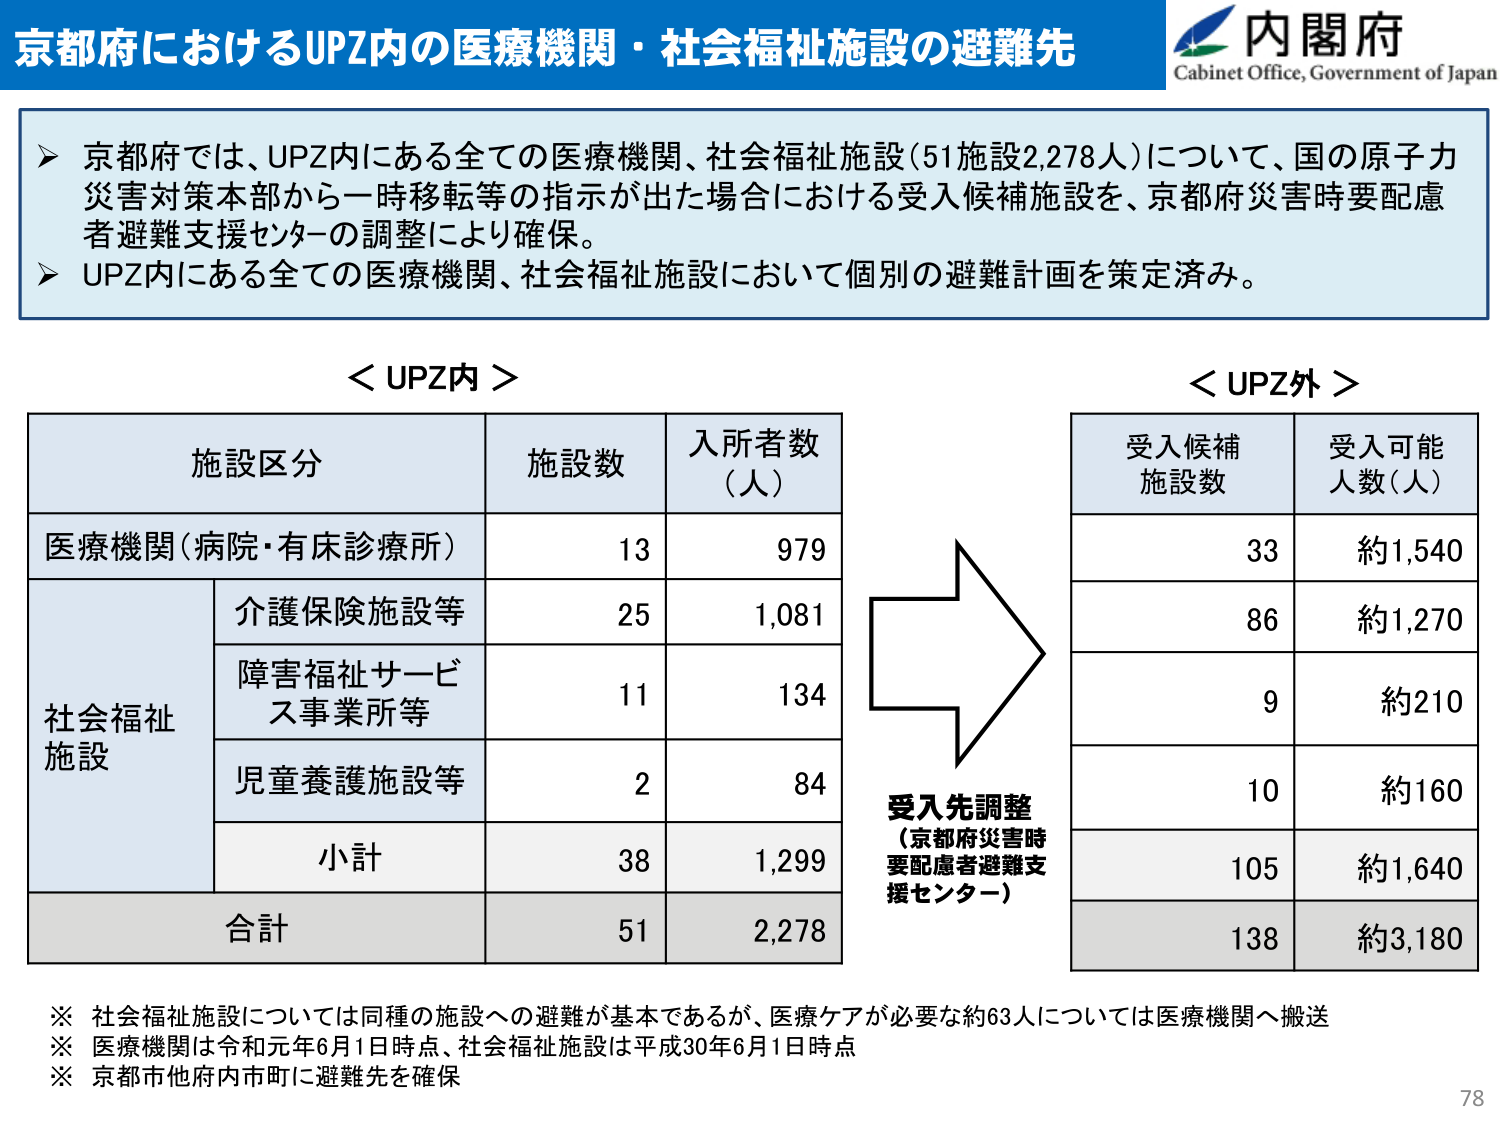
京都府におけるUPZ内の医療機関・社会福祉施設の避難先

内閣府
Cabinet Office, Government of Japan

➤ 京都府では、UPZ内にある全ての医療機関、社会福祉施設（51施設2,278人）について、国の原子力災害対策本部から一時移転等の指示が出た場合における受入候補施設を、京都府災害時要配慮者避難支援センターの調整により確保。
➤ UPZ内にある全ての医療機関、社会福祉施設において個別の避難計画を策定済み。

＜UPZ内＞

施設区分　　　　　　施設数　　　入所者数（人）
医療機関（病院・有床診療所）　　13　　　　979
社会福祉施設
　　　　　　　介護保険施設等　　　25　　　1,081
　　　　　　　障害福祉サービス事業所等　11　　　134
　　　　　　　児童養護施設等　　　　2　　　　84
　　　　　　　小計　　　　　　　　38　　　1,299
合計　　　　　　　　　　　　　　51　　　2,278

＜UPZ外＞

受入候補施設数　　受入可能人数（人）
　　　　　　　　　　　　　　　　　　33　　　約1,540
　　　　　　　　　　　　　　　　　　86　　　約1,270
　　　　　　　　　　　　　　　　　　9　　　　約210
　　　　　　　　　　　　　　　　　　10　　　約160
　　　　　　　　　　　　　　　　　　105　　　約1,640
　　　　　　　　　　　　　　　　　　138　　　約3,180

受入先調整
（京都府災害時
要配慮者避難支
援センター）

※ 社会福祉施設については同種の施設への避難が基本であるが、医療ケアが必要な約63人については医療機関へ搬送
※ 医療機関は令和元年6月1日時点、社会福祉施設は平成30年6月1日時点
※ 京都市他府内市町に避難先を確保

78